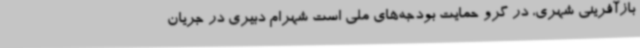
بازآفرینی شهری، در گرو حمایت‌ بودجه‌های ملی است شهرام دبیری در جریان